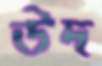
উদ